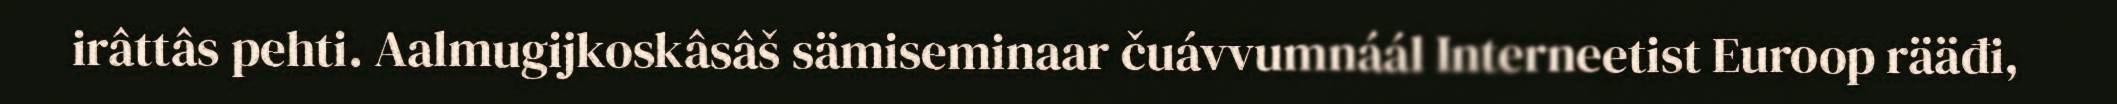
irâttâs pehti. Aalmugijkoskâsâš sämiseminaar čuávvumnáál Interneetist Euroop rääđi,